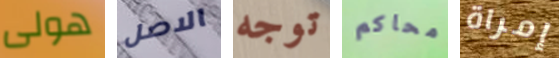
هولى الاصل توجه محاكم إمراة